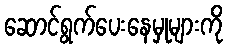
ဆောင်ရွက်ပေးနေမှုများကို